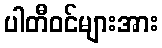
ပါတီဝင်များအား